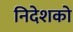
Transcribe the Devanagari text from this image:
निदेशको